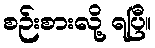
စဉ်းစားလို့ ရပြီ။